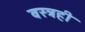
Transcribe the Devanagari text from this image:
वस्त्रही